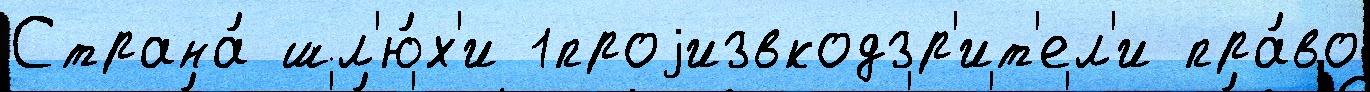
Страна́ шл'ю́х'и 1проjизвкодзр'ит'ел'и пра́во